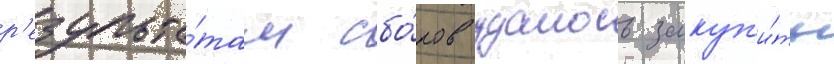
р'езульта́там сбо́ров удалось закуп'и́ть